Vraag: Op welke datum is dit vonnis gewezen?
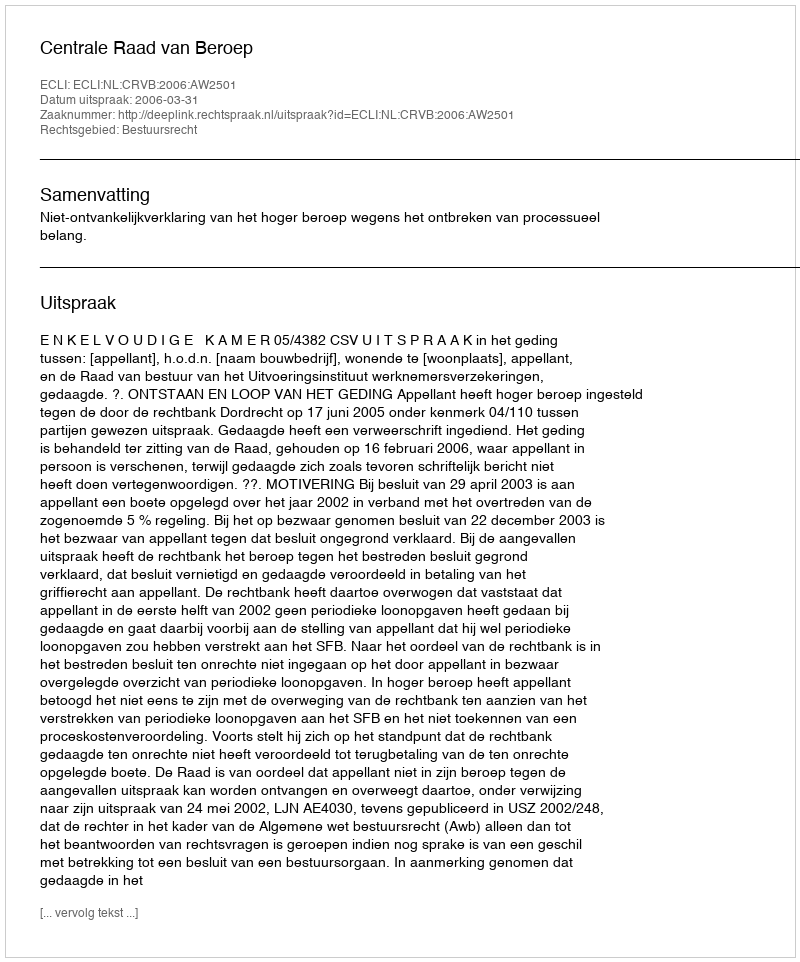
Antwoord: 2006-03-31